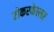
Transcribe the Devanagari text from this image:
रोकरफेल्लर